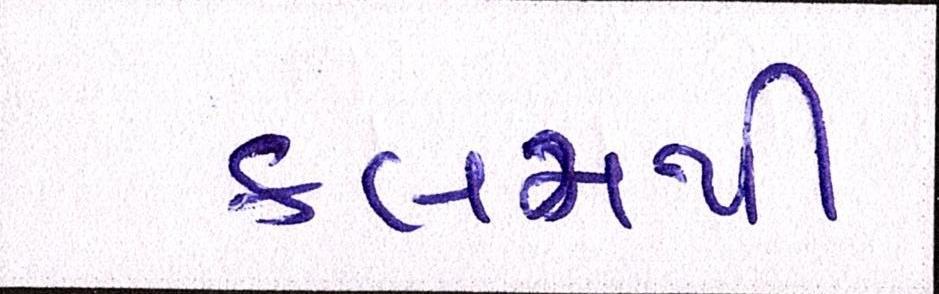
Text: કલમથી